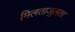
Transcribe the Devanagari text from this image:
मिलताजुलता